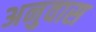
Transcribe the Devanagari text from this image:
अनुवास